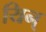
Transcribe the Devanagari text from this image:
यिन्